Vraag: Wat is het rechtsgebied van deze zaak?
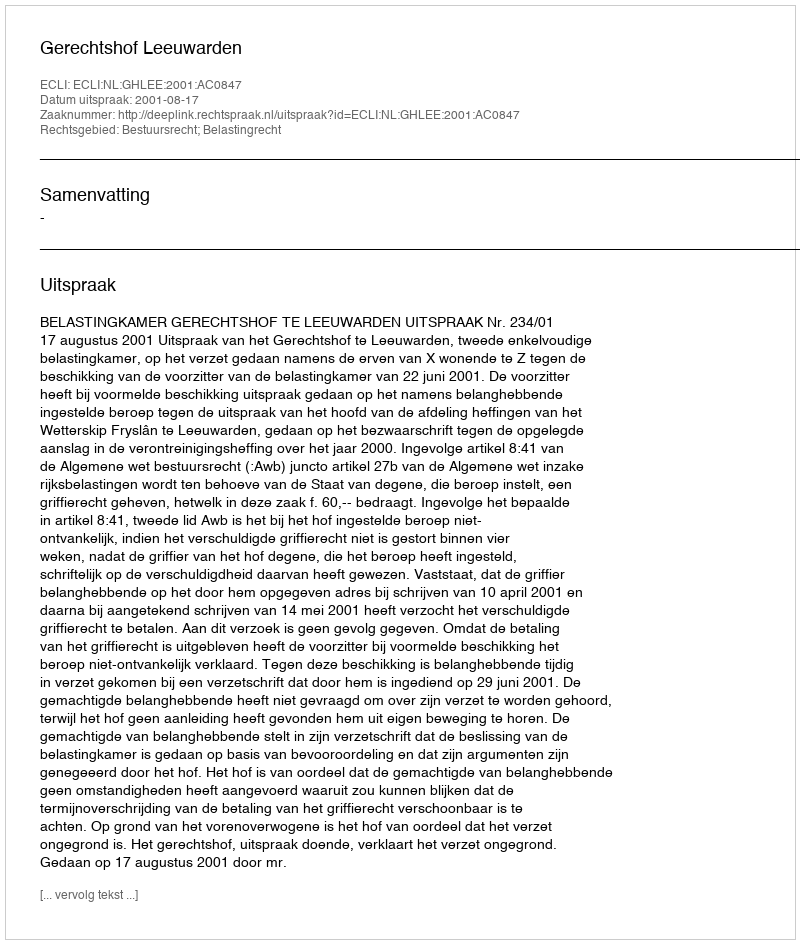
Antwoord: Bestuursrecht; Belastingrecht